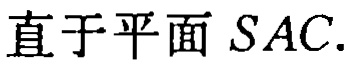
直于平面 \(SAC\).